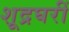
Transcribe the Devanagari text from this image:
शूद्रघरीं